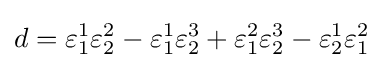
d=\varepsilon _{1}^{1}\varepsilon _{2}^{2}-\varepsilon _{1}^{1}\varepsilon _{2}^{3}+\varepsilon _{1}^{2}\varepsilon _{2}^{3}-\varepsilon _{2}^{1}\varepsilon _{1}^{2}